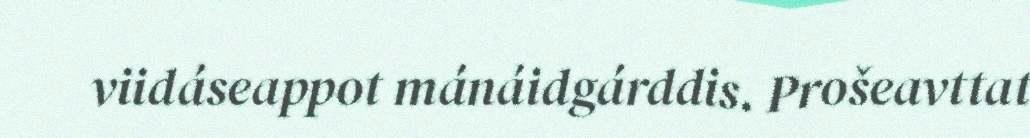
viidáseappot mánáidgárddis. Prošeavttat